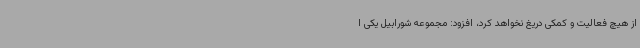
از هیچ فعالیت و کمکی دریغ نخواهد کرد، افزود: مجموعه شورابیل یکی ا